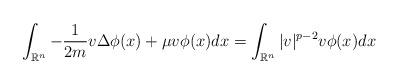
LaTeX: \begin{align*}\int_{\mathbb{R}^n} -\frac{1}{2m} v \Delta \phi (x) + \mu v \phi (x) dx = \int_{\mathbb{R}^n} |v|^{p-2} v \phi (x) dx\end{align*}